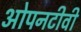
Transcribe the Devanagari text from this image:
ओपनटीवी